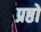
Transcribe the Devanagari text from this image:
प्रष्ठों